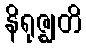
နိရုဇ္ဈတိ